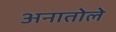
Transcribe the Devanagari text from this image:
अनातोले